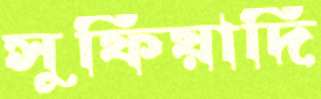
সুফিয়াদি